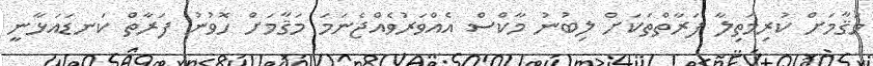
މަޤާމަށް ކުރިމަތިލާ ފަރާތްތަކަށް ލިބުނު މާކްސް އެއްވަރުވެއްޖެނަމަ މަޤާމަށް ހޮވުނު ފަރާތް ކަނޑައަޅާނީ